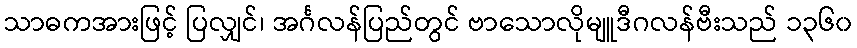
သာဓကအားဖြင့် ပြလျှင်၊ အင်္ဂလန်ပြည်တွင် ဗာသောလိုမျူဒီဂလန်ဗီးသည် ၁၃၆၀